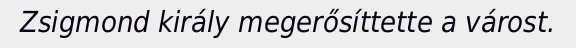
Zsigmond király megerősíttette a várost.